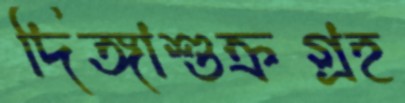
দিঙ্গাশুক্রগ্রহ